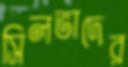
সিলভাদের